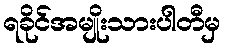
ရခိုင်အမျိုးသားပါတီမှ